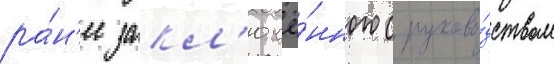
ра́н'ее закл'ючё́нного с руково́дством